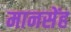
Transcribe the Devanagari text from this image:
मानसेंह